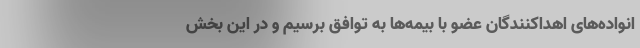
انواده‌های اهداکنندگان عضو با بیمه‌ها به توافق برسیم و در این بخش